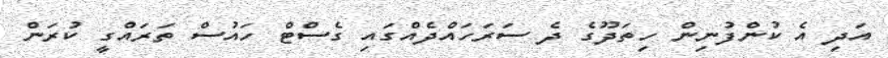
އަދި އެ ކުންފުނިން ހިތަދޫގެ ދެ ސަރަހައްދެއްގައި ގެސްޓް ހައުސް ތަރައްގީ ކުރަން